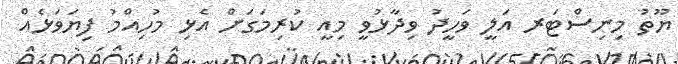
ޔޫތު މިނިސްޓަރ އަލީ ވަހީދު ވިދާޅުވީ މިއީ ކުރިމަގަށް އެޅި މުހިއްމު ފިޔަވަޅެއް